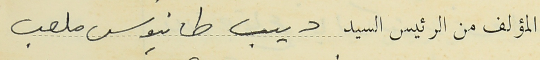
المؤلف من الرئيس السيد ديب طانيوس ملعب